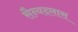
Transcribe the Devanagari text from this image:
सैन्यदलास